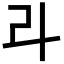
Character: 𠦁